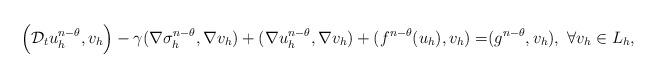
LaTeX: \begin{align*}\Big{(}\mathcal{D}_tu_h^{n-\theta},v_h\Big{)}-\gamma(\nabla \sigma_h^{n-\theta},\nabla v_h)+(\nabla u_h^{n-\theta},\nabla v_h)+(f^{n-\theta}(u_h),v_h)=&(g^{n-\theta},v_h),~\forall v_h\in L_h,\end{align*}